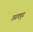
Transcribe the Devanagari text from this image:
उरगपुर